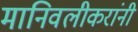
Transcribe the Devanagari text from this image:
मानिवलीकरांनी